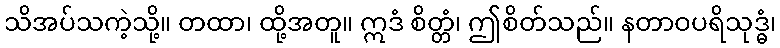
သိအပ်သကဲ့သို့။ တထာ၊ ထို့အတူ။ ဣဒံ စိတ္တံ၊ ဤစိတ်သည်။ နတာဝပရိသုဒ္ဓံ၊